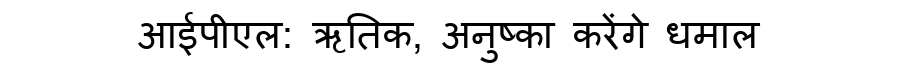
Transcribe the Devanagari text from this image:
आईपीएल: ऋतिक, अनुष्का करेंगे धमाल